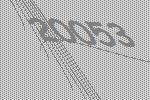
20053